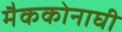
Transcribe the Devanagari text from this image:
मैककोनाघी